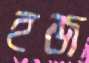
হজ